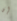
إن